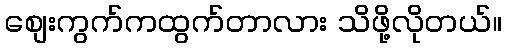
စျေးကွက်ကထွက်တာလား သိဖို့လိုတယ်။